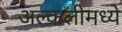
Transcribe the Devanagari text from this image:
अल्कलीमध्ये